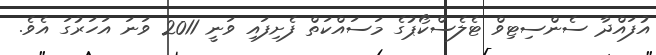
އުފައްދާ ސެންސިޓިވް ޓެލެސްކޯޕުގެ މަސައްކަތް ފެށިފައި ވަނީ 2011 ވަނަ އަހަރުގަ އެވެ.